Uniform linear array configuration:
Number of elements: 16
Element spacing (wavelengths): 1
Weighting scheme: exponential
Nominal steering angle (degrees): -45
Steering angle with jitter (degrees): -45.841
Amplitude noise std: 0.05
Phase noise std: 0.05

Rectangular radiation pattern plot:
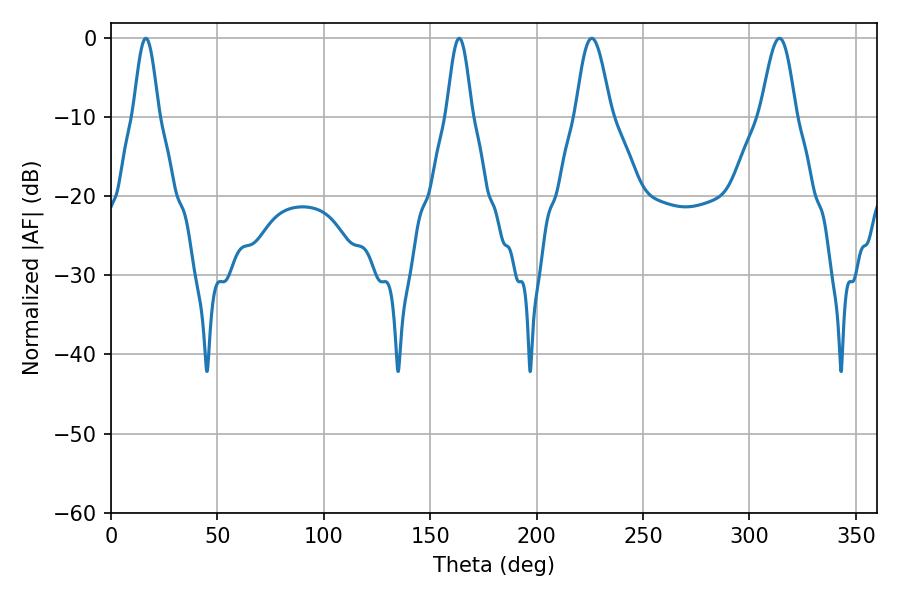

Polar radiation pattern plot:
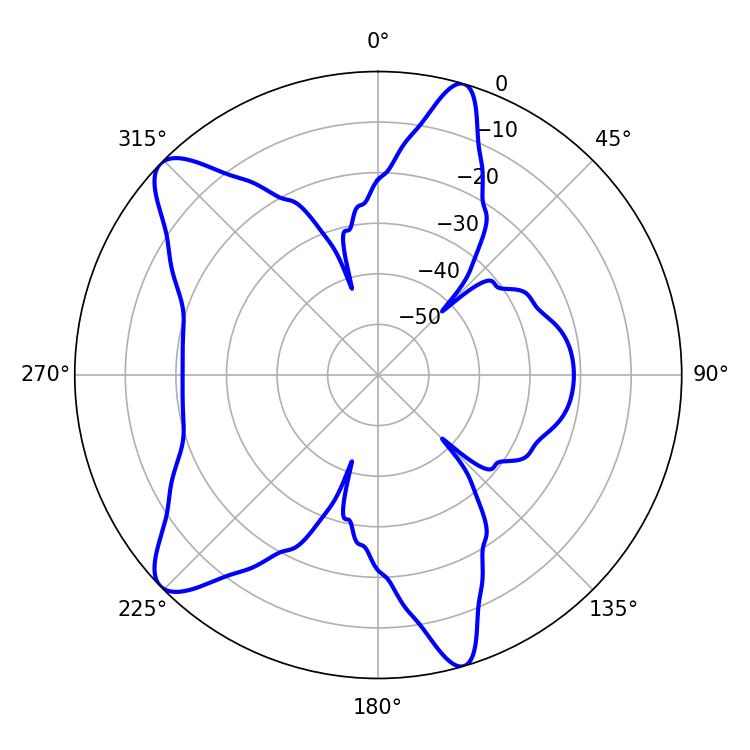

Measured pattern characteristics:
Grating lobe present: TRUE
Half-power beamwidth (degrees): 8.82
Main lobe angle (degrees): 225.9